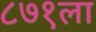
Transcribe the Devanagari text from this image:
८७१ला